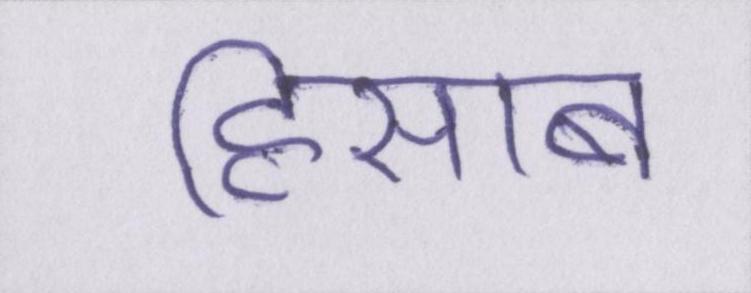
हिसाब